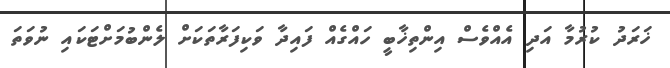
ޚަރަދު ކުރުމާ އަދި އެއްވެސް އިންތިޚާބީ ހައްގެއް ފައިދާ ވަކިފަރާތަކަށް ލެންބުމަށްޓަކައި ނުވަތަ